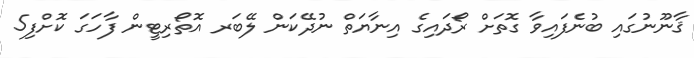
ޤާނޫނުގައި ބުނެފައިވާ ގޮތަށް ރޯދައިގެ އިނާޔަތް ނުދޭކަން ލޭބަރ އޮތޯރިޓީން ފާހަގަ ކޮށްފި5